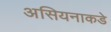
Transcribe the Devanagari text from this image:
असियनाकडे